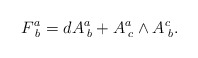
\begin{align*}F_{\;b}^{a}=dA_{\;b}^{a}+A_{\;c}^{a}\wedge A_{\; b}^{c}.\end{align*}